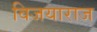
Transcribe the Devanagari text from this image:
विजयाराज